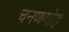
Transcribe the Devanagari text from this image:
चनणगोह